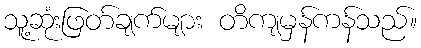
သူ့ဆုံးဖြတ်ချက်များ တိကျမှန်ကန်သည်။